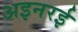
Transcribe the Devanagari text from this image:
अइनरई